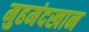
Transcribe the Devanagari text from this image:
मुहमंदखान